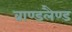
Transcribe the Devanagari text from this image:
ब्राण्डलैण्ड